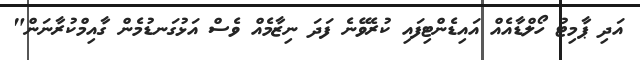
އަދި ޕާމިޓު ހޯލްޑާއެއް އައިޑެންޓިފައި ކުރެވޭނެ ފަދަ ނިޒާމެއް ވެސް އަޅުގަނޑުމެން ގާއިމްކުރާނަން"